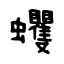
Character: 蠼